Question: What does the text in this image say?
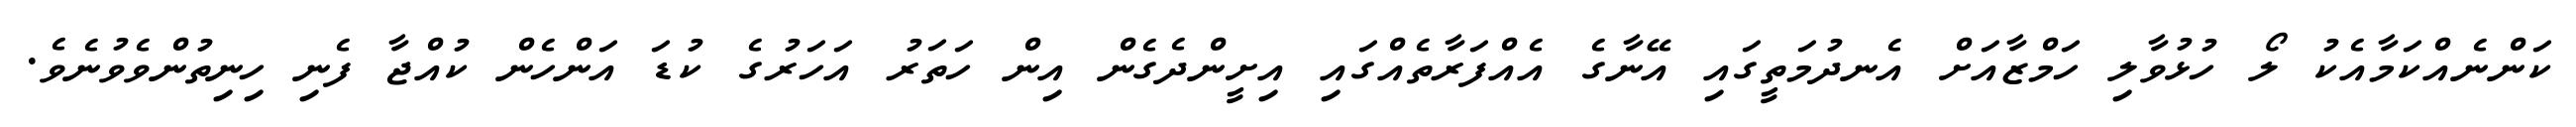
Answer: ކަންނެއްކަމާއެކު ލޯ ހުޅުވާލި ހަމްޒާއަށް އެނދުމަތީގައި އޭނާގެ އެއްފަރާތެއްގައި އިށީންދެގެން އިން ހަތަރު އަހަރުގެ ކުޑަ އަންހެން ކުއްޖާ ފެނި ހިނިތުންވެވުނެވެ.